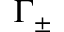
\Gamma _ { \pm }